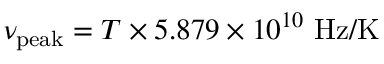
\nu _ { \mathrm { p e a k } } = T \times 5 . 8 7 9 \times 1 0 ^ { 1 0 } \ \mathrm { H z } / \mathrm { K }